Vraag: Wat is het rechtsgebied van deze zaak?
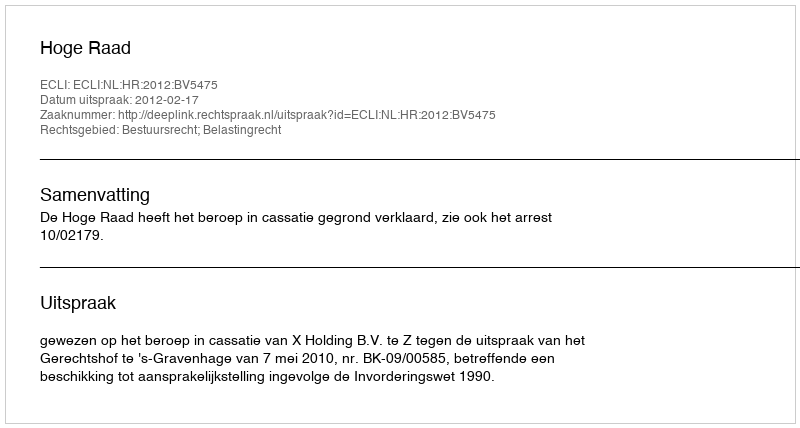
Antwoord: Bestuursrecht; Belastingrecht